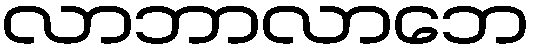
လာဘာလာဘေ